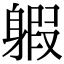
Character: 𨉣